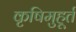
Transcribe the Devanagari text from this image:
कृषिमुहूर्त